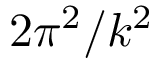
2 \pi ^ { 2 } / k ^ { 2 }